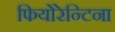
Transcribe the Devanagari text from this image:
फियोरेन्टिना